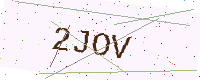
Text: 2JOV